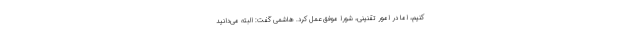
کنیم، اما در امور تقنینی، شورا موفق عمل کرد. هاشمی گفت: البته می‌دانید